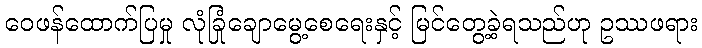
ဝေဖန်ထောက်ပြမှု လုံခြုံချောမွေ့စေရေးနှင့် မြင်တွေ့ခဲ့ရသည်ဟု ဥဿဖရား